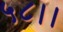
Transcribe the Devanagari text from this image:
५८।।